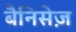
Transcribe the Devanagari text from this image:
बैनिसेज़